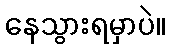
နေသွားရမှာပဲ။